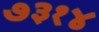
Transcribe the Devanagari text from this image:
७३१४